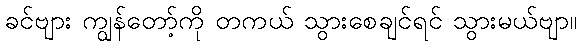
ခင်ဗျား ကျွန်တော့်ကို တကယ် သွားစေချင်ရင် သွားမယ်ဗျာ။